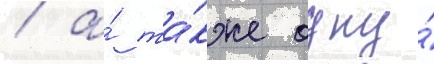
/ а́ та́кже одну́